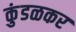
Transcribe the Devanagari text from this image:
कुंडळकर